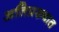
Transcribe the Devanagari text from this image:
अतिप्रख्यात